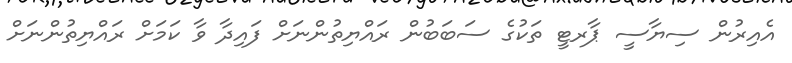
އެއިރުން ސިޔާސީ ޕާރޓީ ތަކުގެ ސަބަބުން ރައްޔިތުންނަށް ފައިދާ ވާ ކަމަށް ރައްޔިތުންނަށް